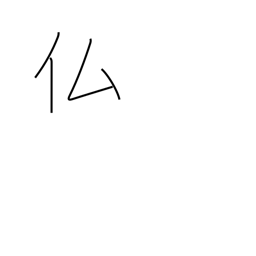
Meaning: France